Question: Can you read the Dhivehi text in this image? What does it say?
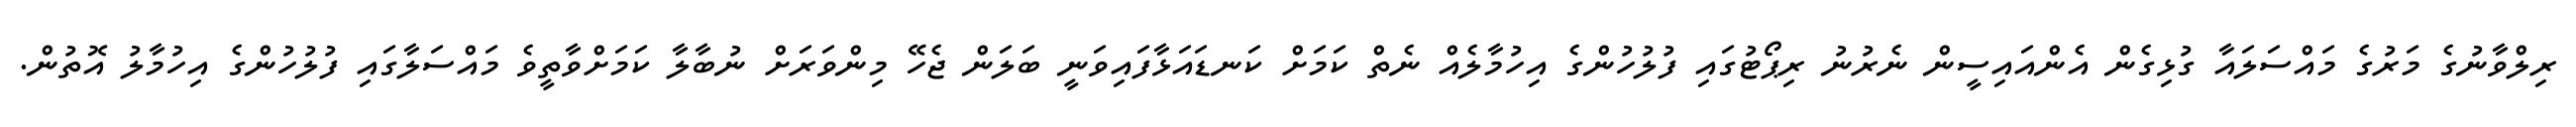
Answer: ރިލްވާނުގެ މަރުގެ މައްސަލައާ ގުޅިގެން އެންއައިސީން ނެރުނު ރިޕޯޓުގައި ފުލުހުންގެ އިހުމާލެއް ނެތް ކަމަށް ކަނޑައަޅާފައިވަނީ ބަލަން ޖެހޭ މިންވަރަށް ނުބާލާ ކަމަށްވާތީވެ މައްސަލާގައި ފުލުހުންގެ އިހުމާލު އޮތުން.